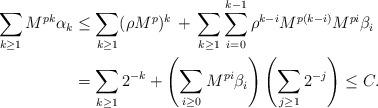
LaTeX: \begin{align*}\sum_{k\geq 1}M^{pk}\alpha_k&\leq\sum_{k\geq 1}(\rho M^p)^k\,+\,\sum_{k\geq 1}\sum_{i=0}^{k-1}\rho^{k-i}M^{p(k-i)}M^{pi}\beta_i\\&=\sum_{k\geq 1}2^{-k}+\left(\sum_{i\geq 0}M^{pi}\beta_i\right)\left(\sum_{j\geq 1}2^{-j}\right)\leq C.\end{align*}